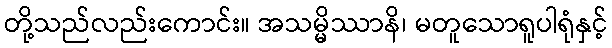
တို့သည်လည်းကောင်း။ အသမ္မိဿာနိ၊ မတူသောရူပါရုံနှင့်